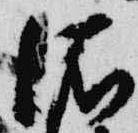
依